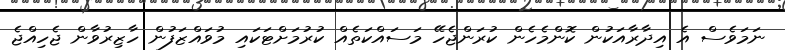
ނަމަވެސް އެ އިދާރާއަކުން ކޮންމެހެން ކުރަންޖެހޭ މަސައްކަތެއް ކުރުމަށްޓަކައި މުވައްޒަފުން ހާޒިރުވާން ޖެހިއްޖެ